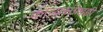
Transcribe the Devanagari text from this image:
काव्यसंग्रहही